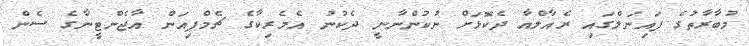
މުބާރާތުގެ ފައިނަލްގައި ރެއާލްއާ ދެކޮޅަށް ނުކުންނާނީ ދެކުނު އެމެރިކާގެ ޗެމްޕިއަން އާޖެންޓީނާގެ ސެން